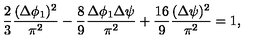
\frac { 2 } { 3 } \frac { ( \Delta \phi _ { 1 } ) ^ { 2 } } { \pi ^ { 2 } } - \frac { 8 } { 9 } \frac { \Delta \phi _ { 1 } \Delta \psi } { \pi ^ { 2 } } + \frac { 1 6 } { 9 } \frac { ( \Delta \psi ) ^ { 2 } } { \pi ^ { 2 } } = 1 ,